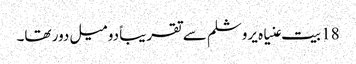
18 بیت عنیاہ یروشلم سے تقریباً دو میل دور تھا۔